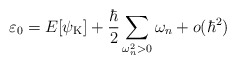
\begin{align*}\varepsilon_0=E[{\psi}_{\rm K}]+\frac{\hbar}{2}\sum_{\omega_n^2>0} \omega_n+o(\hbar^2)\end{align*}